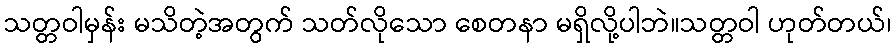
သတ္တဝါမှန်း မသိတဲ့အတွက် သတ်လိုသော စေတနာ မရှိလို့ပါဘဲ။သတ္တဝါ ဟုတ်တယ်၊